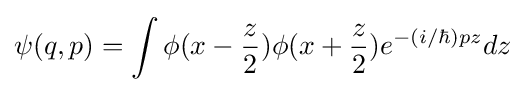
\psi (q,p)=\int \phi (x-{\frac {z}{2}})\phi (x+{\frac {z}{2}})e^{-(i/\hbar )pz}dz